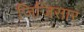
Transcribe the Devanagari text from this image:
जिजिसार